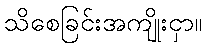
သိစေခြင်းအကျိုးငှာ။